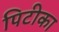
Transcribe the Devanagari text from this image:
पिटीका